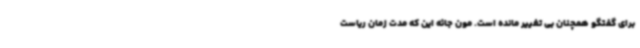
برای گفتگو همچنان بی تغییر مانده است. مون جائه این که مدت زمان ریاست